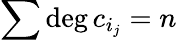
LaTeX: \sum{\mathrm{deg}}\, c_{i_{j}}=n